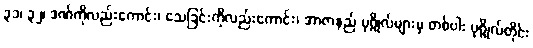
၃၁၊ ၃၂၊ ဒဏ်ကိုလည်းကောင်း၊ သေခြင်းကိုလည်းကောင်း၊ အာဇာနည် ပုဂ္ဂိုလ်များမှ တစ်ပါး ပုဂ္ဂိုလ်တိုင်း